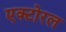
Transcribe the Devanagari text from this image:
एक्टोरल